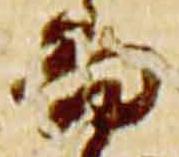
而